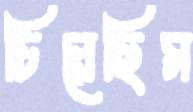
চিরেছিস